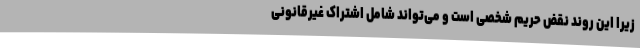
زیرا این روند نقض حریم شخصی است و می‌تواند شامل اشتراک غیرقانونی